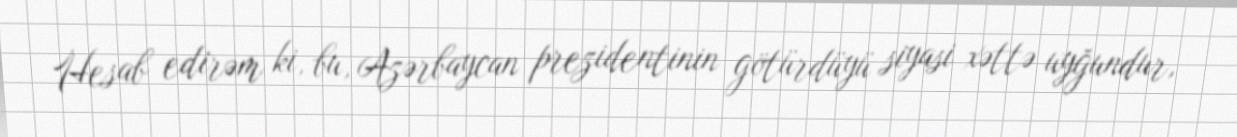
Hesab edirəm ki, bu, Azərbaycan prezidentinin götürdüyü siyasi xəttə uyğundur,